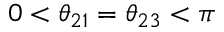
0 < \theta _ { 2 1 } = \theta _ { 2 3 } < \pi